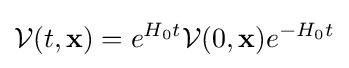
{\mathcal {V}}(t,\mathbf {x} )=e^{H_{0}t}{\mathcal {V}}(0,\mathbf {x} )e^{-H_{0}t}